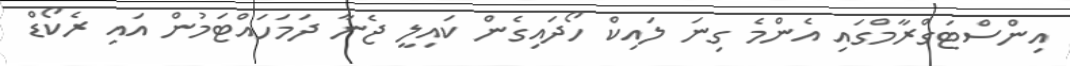
އިންސްޓަގްރާމްގައި އެންމެ ގިނަ ލައިކް ހޯދައިގެން ކައިލީ ޖެނާ ދަމަހައްޓަމުން އައި ރެކޯޑް